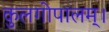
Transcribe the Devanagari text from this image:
कुलगोपालम्‌।